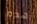
هذه